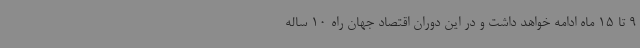
9 تا 15 ماه ادامه خواهد داشت و در این دوران اقتصاد جهان راه 10 ساله